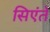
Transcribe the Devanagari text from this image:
सिएंते